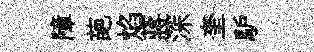
障葩焰蔣深奎馿